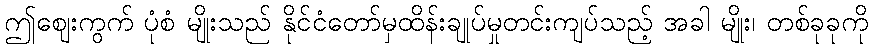
ဤဈေးကွက် ပုံစံ မျိုးသည် နိုင်ငံတော်မှထိန်းချုပ်မှုတင်းကျပ်သည့် အခါ မျိုး၊ တစ်ခုခုကို